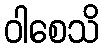
ဝါစေသိ